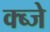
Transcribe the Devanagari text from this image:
क्ब्जे